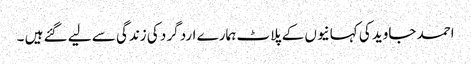
احمد جاوید کی کہانیوں کے پلاٹ ہمارے ارد گرد کی زندگی سے لیے گئے ہیں ۔